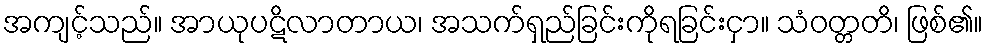
အကျင့်သည်။ အာယုပဋိလာတာယ၊ အသက်ရှည်ခြင်းကိုရခြင်းငှာ။ သံဝတ္တတိ၊ ဖြစ်၏။